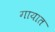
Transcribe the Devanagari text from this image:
गायात